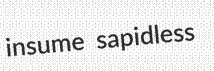
insume sapidless